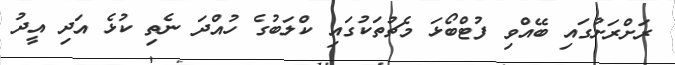
ރަށްރަށުގައި ބޭއްވި ފުޓްބޯޅަ މެޗުތަކުގައި ކްލަބުގެ ހުއްދަ ނެތި ކުޅެ އަދި އީދު